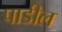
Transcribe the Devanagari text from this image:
पाडील